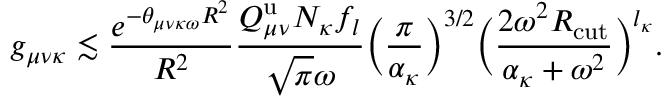
g _ { \mu \nu \kappa } \lesssim \frac { e ^ { - \theta _ { \mu \nu \kappa \omega } R ^ { 2 } } } { R ^ { 2 } } \frac { Q _ { \mu \nu } ^ { \mathrm { u } } N _ { \kappa } f _ { l } } { \sqrt { \pi } \omega } \Big ( \frac { \pi } { \alpha _ { \kappa } } \Big ) ^ { 3 / 2 } \Big ( \frac { 2 \omega ^ { 2 } R _ { \mathrm { c u t } } } { \alpha _ { \kappa } + \omega ^ { 2 } } \Big ) ^ { l _ { \kappa } } .